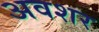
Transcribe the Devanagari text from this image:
अवशर